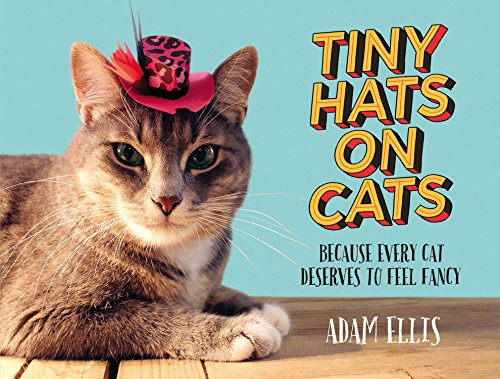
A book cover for Tiny Hats on Cats: Because Every Cat Deserves to Feel Fancy; Adam Ellis; Humor & Entertainment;